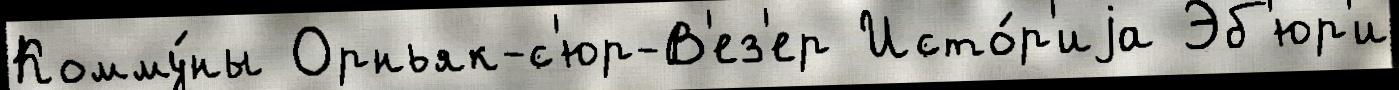
Комму́ны Орньяк-с'юр-В'ез'ер Исто́р'иjа Эб'юр'и